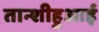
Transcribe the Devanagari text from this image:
तान्शीहुआई